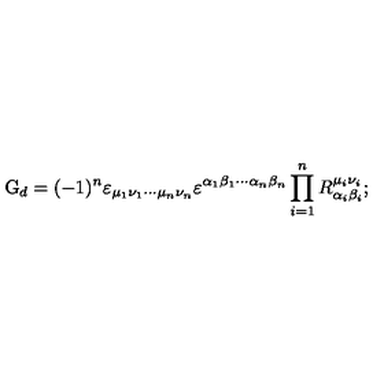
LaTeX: \mathrm { G } _ { d } = ( - 1 ) ^ { n } \varepsilon _ { \mu _ { 1 } \nu _ { 1 } \cdots \mu _ { n } \nu _ { n } } \varepsilon ^ { \alpha _ { 1 } \beta _ { 1 } \cdots \alpha _ { n } \beta _ { n } } \prod _ { i = 1 } ^ { n } R _ { \alpha _ { i } \beta _ { i } } ^ { \mu _ { i } \nu _ { i } } ;